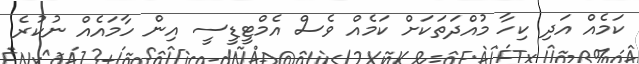
ކަމެއް އަދި ކިހާ މުއްދަތަކަށް ކަމެއް ވެސް އެމްޓީޑީސީ އިން ހާމައެއް ނުކުރެ